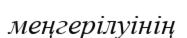
меңгерілуінің